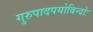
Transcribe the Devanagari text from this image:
गुरुपादपयोबिन्दोः